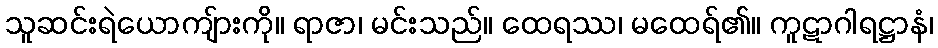
သူဆင်းရဲယောကျ်ားကို။ ရာဇာ၊ မင်းသည်။ ထေရဿ၊ မထေရ်၏။ ကူဋာဂါရဋ္ဌာနံ၊